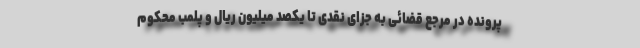
پرونده در مرجع قضائی به جزای نقدی تا یکصد میلیون ریال و پلمب محکوم